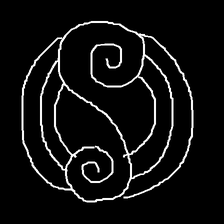
Glyph: wind-underfoot